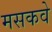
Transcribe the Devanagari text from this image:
मसकवे